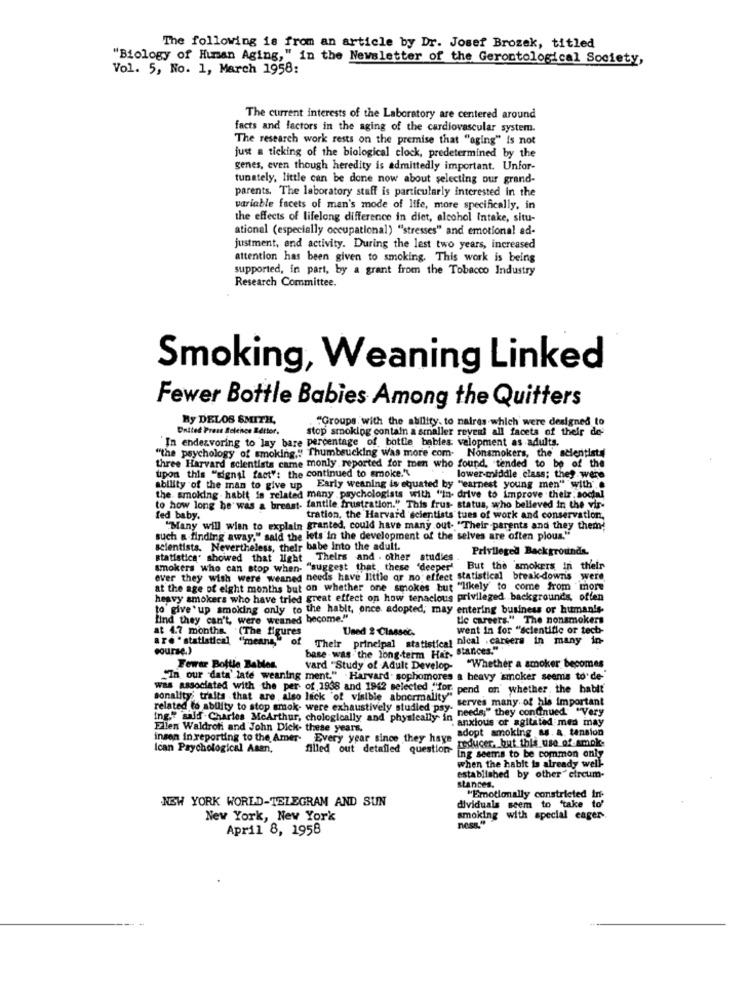
The following is from an article by Dr. Josef Brozek, titled
"Biology of Human Aging," in the Newsletter of the Gerontological Society,
Vol. 5, No. 1, March 1958:
The current interests of the Laboratory are centered around
facts and factors in the aging of the cardiovascular system.
The research work rests on the premise that "aging" is not
just a ticking of the biological clock, predetermined by the
genes, even though heredity is admittedly important. Unfor-
tunately, little can be done now about selecting our grand-
parents. The laboratory staff is particularly interested in the
variable facets of man's mode of Iffe, more specifically, in
the effects of lifelong difference in diet, alcohol Intake, situ-
ational (especially occupational) "stresses" and emotional ad-
justment, and activity. During the lest two years, increased
attention has been given to smoking. This work is being
supported, in part, by a grant from the Tobacco Industry
Research Committee.
Smoking, Weaning Linked
Fewer Bottle Babies Among the Quitters
By DELOS SMITH,
"Groups with the ability. to naires which were designed to
United Press Belence Better.
stop smoking contain a smaller reveal all facets of their de-
In endeavoring to lay bare percentage of bottle bables velopment as adults,
"the psychology of smoking," Thumbsucking was more com- Nonsmokers, the' scientists
three Harvard scientists came monly reported for men who found, tended to be of the
upon this "signal fact": the continued to smoke."\
lower middle class; they were
ability of the man to give up Early weaning is equated by "earnest young men" with" .
the smoking hablt is related many psychologists with "In- drive to improve their, social
to how long he was a breast- fantile frustration." This frus- status, who believed in the vir
fed baby.
tration, the Harvard scientists tues of work and conservation,
"Many will wien to explain granted, could have many out. "Their parents and they them
such a finding away," said the lets'in the development of the selves are often pious."
scientists. Nevertheless, their babe into the adult.
Privileged Backgrounds.
statistica' showed that light Theirs and . other studies
smokers who can stop when- "suggest that these "deeper'
But the smokers in their
ever they wish were weaned needs have little or no effect statistical break-downs were
at the age of eight months but on whether one smokes but "likely to come from "more
heavy smokers who have tried great effect on how tenacious privileged backgrounds, offen
to give up smoking only to the habit, once adopted, may entering business or human's
find they can't, were weaned become."
tie careers." The nonsmokers
at 4.7 months. (The figures
Used 2 Classec.
went in for "scientific or tech-
are " statistical ""means,"
of
Their principal statistical nical .careers in many in-
course.)
base -was the long-term Har, Stances.""
Fewer Bottle Rables.
vard "Study of Adult Develop- "Whether a smoker becomes
"In our data' late weaning ment." Harvard. sophomores a heavy smoker seems to de-
was associated with the per of 1938 and 1942 selected "for. pend on whether, the hablt
sonality; traits that are , also lack "of visible abnormality"
serves many of his important
related to ability to stop smok- were exhaustively studied psy-
needs;" they continued "Very
ing." said .Charles McArthur, chologically and physically in needs," they continued "Very
" anxious or agitated med may
Ellen Waldroti and John Dick. these years.
adopt amoking as. a. tension
insen in reporting to the Amer. Every year since they haye
reducer, but this use of-amok-
Ican Psychological Asan,
filled out detailed question-
ing seems to be common only
when the habit is already well-
established by other" circum-
stances.
NEW YORK WORLD-TELEGRAM AND SUN
"Emotionally constricted in-
dividuals seem to 'take to'
New York, New York
smoking with special eager
April 8, 1958